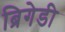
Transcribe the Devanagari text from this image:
ब्रिगेडी